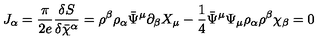
J _ { \alpha } = \frac { \pi } { 2 e } \frac { \delta S } { \delta \bar { \chi } ^ { \alpha } } = \rho ^ { \beta } \rho _ { \alpha } \bar { \Psi } ^ { \mu } \partial _ { \beta } X _ { \mu } - \frac { 1 } { 4 } \bar { \Psi } ^ { \mu } \Psi _ { \mu } \rho _ { \alpha } \rho ^ { \beta } \chi _ { \beta } = 0